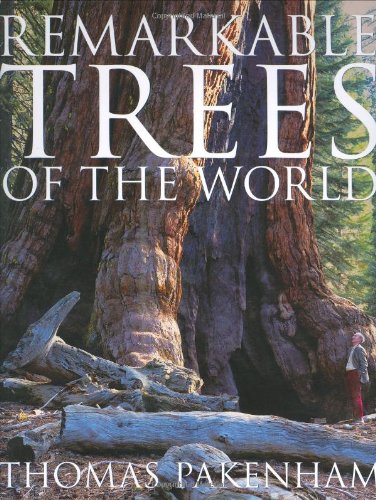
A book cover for Remarkable Trees of the World; Thomas Pakenham; Crafts, Hobbies & Home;